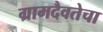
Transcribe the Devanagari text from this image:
ग्रामदैवतेचा